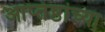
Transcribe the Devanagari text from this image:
आप्‍तेष्ठांच्या